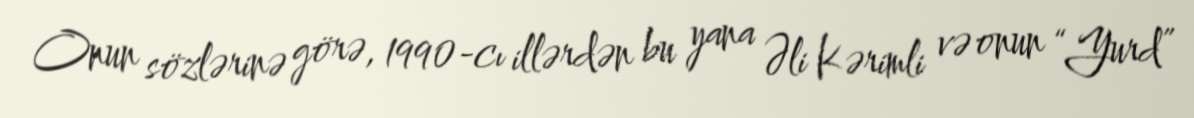
Onun sözlərinə görə, 1990-cı illərdən bu yana Əli Kərimli və onun “Yurd”